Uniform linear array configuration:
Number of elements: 12
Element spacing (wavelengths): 1
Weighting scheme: uniform
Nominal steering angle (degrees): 60
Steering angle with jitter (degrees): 60.962
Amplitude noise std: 0.05
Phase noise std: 0.05

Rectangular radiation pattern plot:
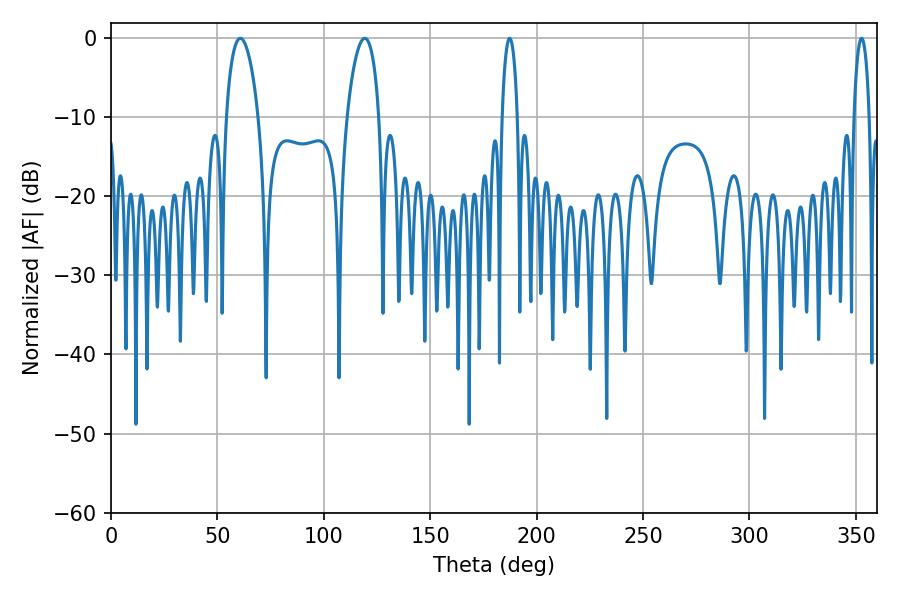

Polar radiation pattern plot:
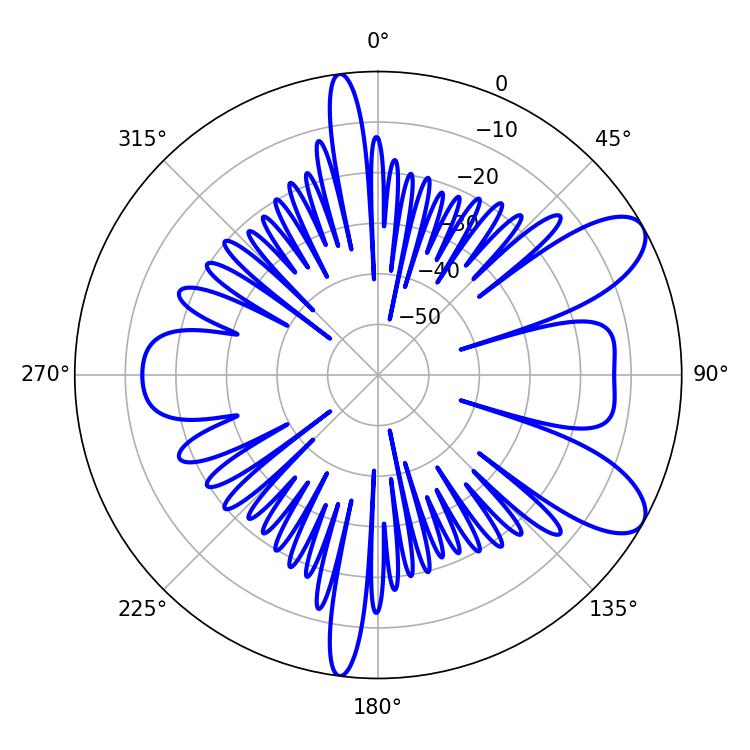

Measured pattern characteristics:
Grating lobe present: TRUE
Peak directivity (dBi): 8.842
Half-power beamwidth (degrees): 8.46
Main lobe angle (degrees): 60.84